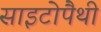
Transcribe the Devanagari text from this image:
साइटोपैथी